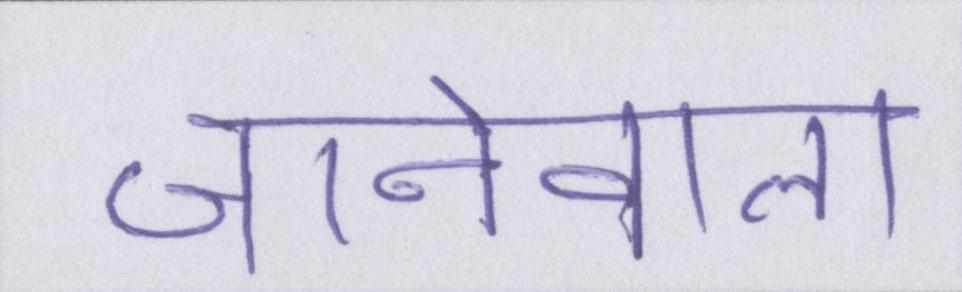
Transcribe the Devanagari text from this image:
जानेवाला